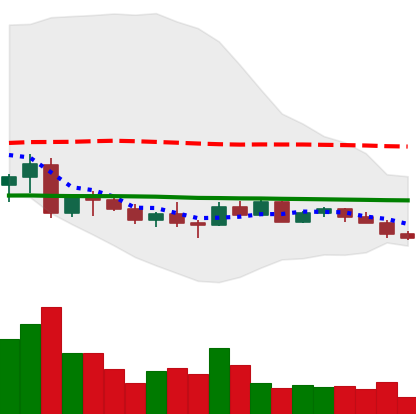
Ticker: EOS-USD
Chart end date: 2022-10-08
Forward return: -8.39%
Label: down_7plus